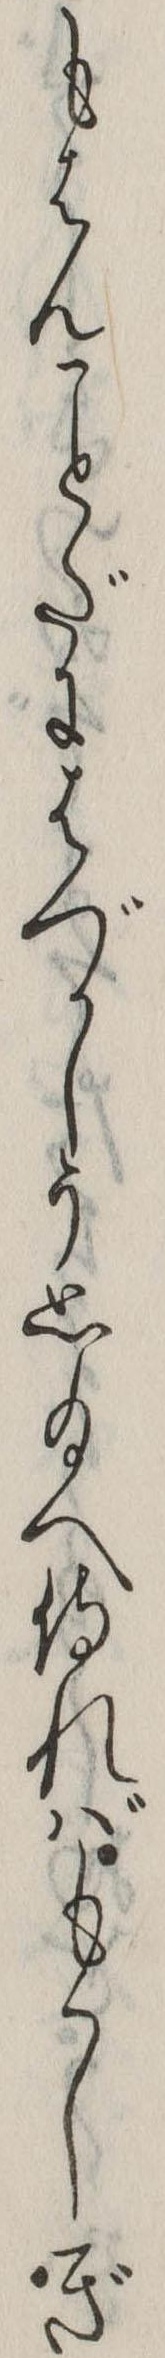
もはんだにはづかしう思給へ侍ればもゝしぎ